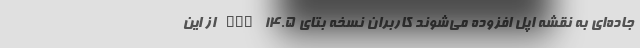
جاده‌ای به نقشه اپل افزوده می‌شوند کاربران نسخه بتای iOS 14.5 از این